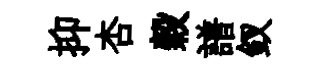
抑杏穀譜釵